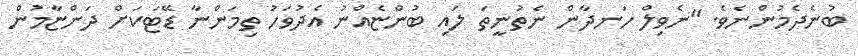
ބުނެދެމުންނެވެ. "ނެވިލް ހަނދާން ނެތުނީތަ ލައި ބުންޏެއްނު އެދުވަހު ތިމަންނާ ޑޭޓަކަށް ދަންޏާމުން